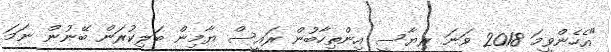
"އެހެންވީމަ 2018 ވަނަ ރިޔާސީ އިންތިހާބުން ރައީސް ޔާމިން ބަލިކުރަން ބޭނުން ނަމަ